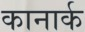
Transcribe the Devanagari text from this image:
कानार्क